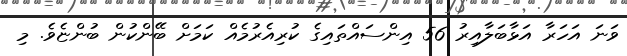
ވަނަ އަހަރާ އަޅާބަލާއިރު 56 އިންސައްތައިގެ ކުރިއެރުމެއް ކަމަށް ބޭންކުން ބުންޏެވެ. މި